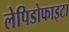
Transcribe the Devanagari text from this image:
लेपिडोफाइटा